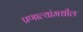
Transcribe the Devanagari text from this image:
प्रणाल्यांमधील